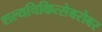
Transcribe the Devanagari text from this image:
शल्यचिकित्सेबरोबर